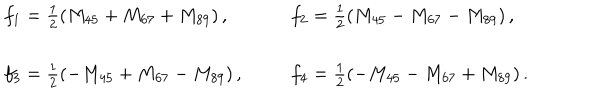
\begin{array} { l l } { { f _ { 1 } = \frac { 1 } { 2 } ( M _ { 4 5 } + M _ { 6 7 } + M _ { 8 9 } ) \, , } } & { { f _ { 2 } = \frac { 1 } { 2 } ( M _ { 4 5 } - M _ { 6 7 } - M _ { 8 9 } ) \, , } } \\ { { { } } } & { { { } } } \\ { { f _ { 3 } = \frac { 1 } { 2 } ( - M _ { 4 5 } + M _ { 6 7 } - M _ { 8 9 } ) \, , } } & { { f _ { 4 } = \frac { 1 } { 2 } ( - M _ { 4 5 } - M _ { 6 7 } + M _ { 8 9 } ) \, . } } \\ \end{array}